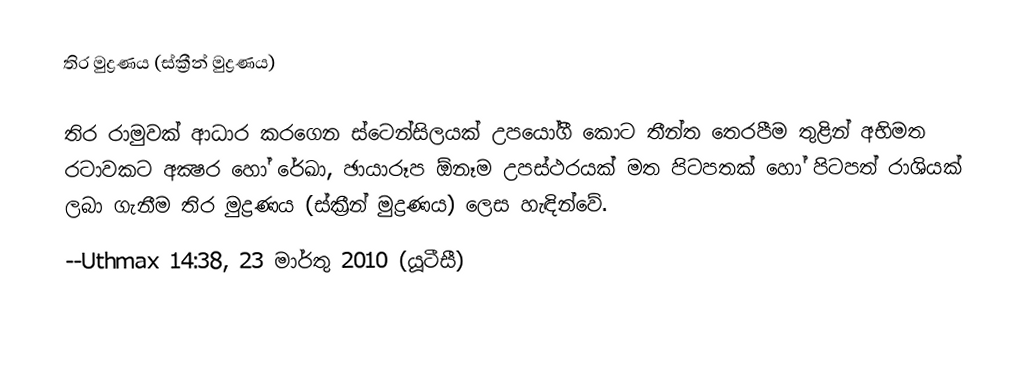
තිර මුද්‍රණය (ස්ක්‍රීන් මුද්‍රණය)

තිර රාමුවක් ආධාර කරගෙන ස්ටෙන්සිලයක් උපයෝගී කො‍ට තීන්ත තෙරපීම තුළින් අභිමත රටාවකට අක්‍ෂර හෝ රේඛා, ඡායාරූප ඕනෑම උපස්ථරයක් මත පිටපතක් හෝ පිටපත් රාශියක් ලබා ගැනීම තිර මුද්‍රණය (ස්ක්‍රීන් මුද්‍රණය) ලෙස හැඳින්වේ.
--Uthmax 14:38, 23 මාර්තු 2010 (යූටීසී)